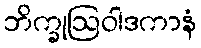
ဘိက္ခုဩဝါဒကာနံ